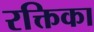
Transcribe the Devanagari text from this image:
रक्तिका